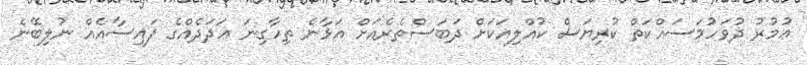
ޢުމުރު ދުވަހުމަސައްކަތް ކުރިޔަސް ކުއްލިއަކަށް ދަބަސްތެރެއަށް އަޅާނެ ތިހާގިނަ ޢަދަދެއްގެ ފައިސާއެއް ނުލިބޭނެ